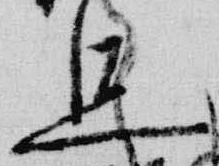
旦